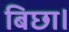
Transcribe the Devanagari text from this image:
बिछा।